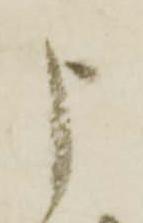
申